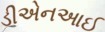
ડીએનઆઈ